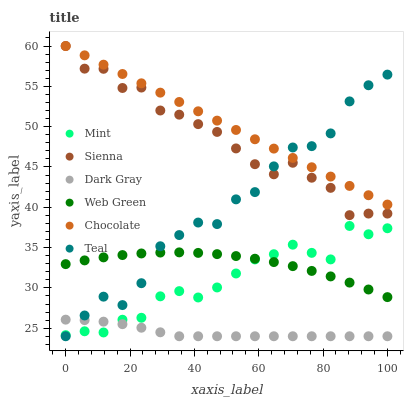
| xaxis_label | Mint | Sienna | Dark Gray | Web Green | Chocolate | Teal |
 | --- | --- | --- | --- | --- | --- | --- |
 | 0 | 24.1 | 60 | 26.1 | 32.9 | 60 | 24 |
 | 5.88 | 24.6 | 57.2 | 26 | 33.4 | 58.8 | 26.6 |
 | 11.8 | 24.5 | 57.2 | 25.8 | 33.8 | 57.7 | 28.9 |
 | 17.6 | 26 | 54.8 | 25.5 | 34.1 | 56.5 | 27.9 |
 | 23.5 | 26.3 | 54.8 | 25.1 | 34.3 | 55.4 | 30.6 |
 | 29.4 | 29 | 52 | 24.5 | 34.4 | 54.2 | 35.2 |
 | 35.3 | 29.6 | 51.5 | 24 | 34.4 | 53.1 | 36.6 |
 | 41.2 | 28.8 | 50.3 | 24 | 34.3 | 51.9 | 38.1 |
 | 47.1 | 30.1 | 49.3 | 24 | 34.2 | 50.7 | 37.9 |
 | 52.9 | 31.8 | 47.3 | 24 | 33.9 | 49.6 | 41 |
 | 58.8 | 33.5 | 45.3 | 24 | 33.6 | 48.4 | 41.9 |
 | 64.7 | 34.2 | 44.1 | 24 | 33.2 | 47.3 | 45.1 |
 | 70.6 | 35.4 | 45.5 | 24 | 32.7 | 46.1 | 47.4 |
 | 76.5 | 34.3 | 43.7 | 24 | 32.1 | 45 | 47.6 |
 | 82.4 | 33.5 | 42.4 | 24 | 31.4 | 43.8 | 49.2 |
 | 88.2 | 37.7 | 39 | 24 | 30.7 | 42.6 | 53.1 |
 | 94.1 | 36.7 | 39.2 | 24 | 29.8 | 41.5 | 55.1 |
 | 100 | 37.4 | 39.2 | 24 | 28.9 | 40.3 | 56.5 |